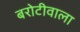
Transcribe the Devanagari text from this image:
बरोटीवाला